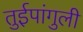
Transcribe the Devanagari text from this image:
तुईपांगुली